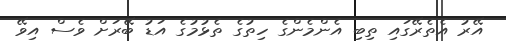
އޭރު އެތެރޭގައި ތިބި އެންމެންގެ ހިތުގެ ތެޅުމުގެ އަޑު ބޭރަށް ވެސް އިވޭ